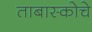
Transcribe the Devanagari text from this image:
ताबास्कोचे